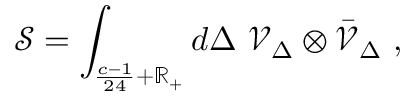
{ \mathcal { S } } = \int _ { { \frac { c - 1 } { 2 4 } } + \mathbb { R } _ { + } } d \Delta \ { \mathcal { V } } _ { \Delta } \otimes { \bar { \mathcal { V } } } _ { \Delta } \ ,